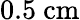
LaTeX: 0.5~\mathrm{cm}